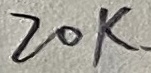
Text: 20K